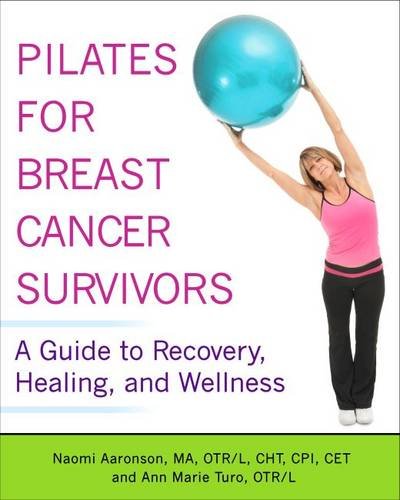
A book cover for Pilates for Breast Cancer Survivors: "A Guide to Recovery, Healing, and Wellness"; Naomi Aaronson "MA  OTR/L  CHT  CPI"; Health, Fitness & Dieting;